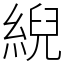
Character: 䋩